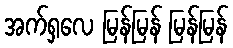
အက်ရှလေ မြန်မြန် မြန်မြန်